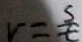
v = \frac { s } { t }